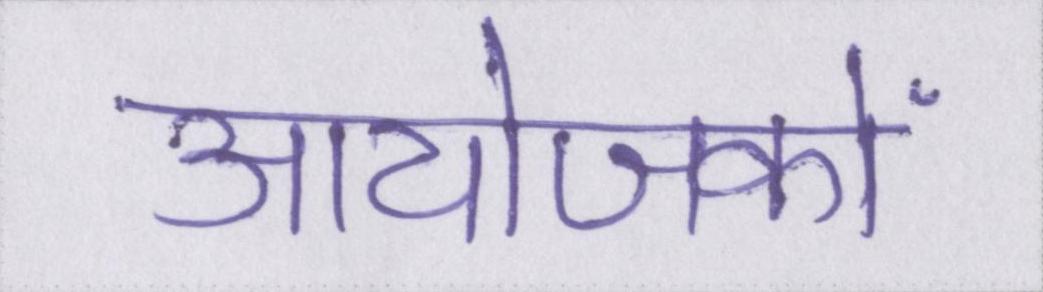
आयोजकों